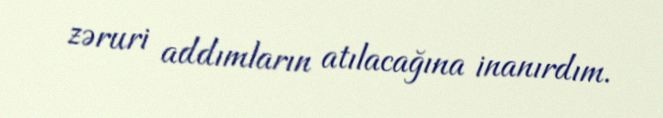
zəruri addımların atılacağına inanırdım.